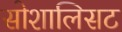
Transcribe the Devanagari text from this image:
सोशालिसट